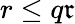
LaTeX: r\leq q\mathfrak{r}